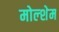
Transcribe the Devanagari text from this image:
मोल्शेम